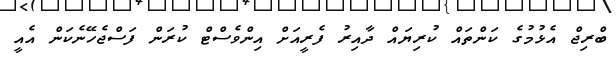
ބްރިޖް އެޅުމުގެ ކަންތައް ކުރިޔައް ދާއިރު ފެރީއަށް އިންވެސްޓް ކުރަން ފަސްޖެހޭނެކަން އެއީ